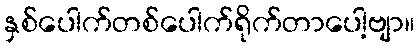
နှစ်ပေါက်တစ်ပေါက်ရိုက်တာပေါ့ဗျာ။